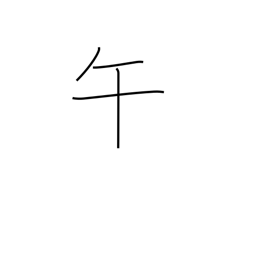
Meaning: 11AM-1PM